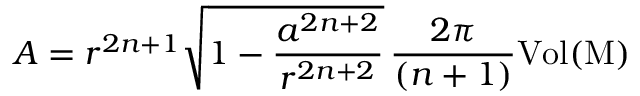
A = r ^ { 2 n + 1 } \sqrt { 1 - \frac { a ^ { 2 n + 2 } } { r ^ { 2 n + 2 } } } \, \frac { 2 \pi } { ( n + 1 ) } { \mathrm { V o l { ( M ) } } }